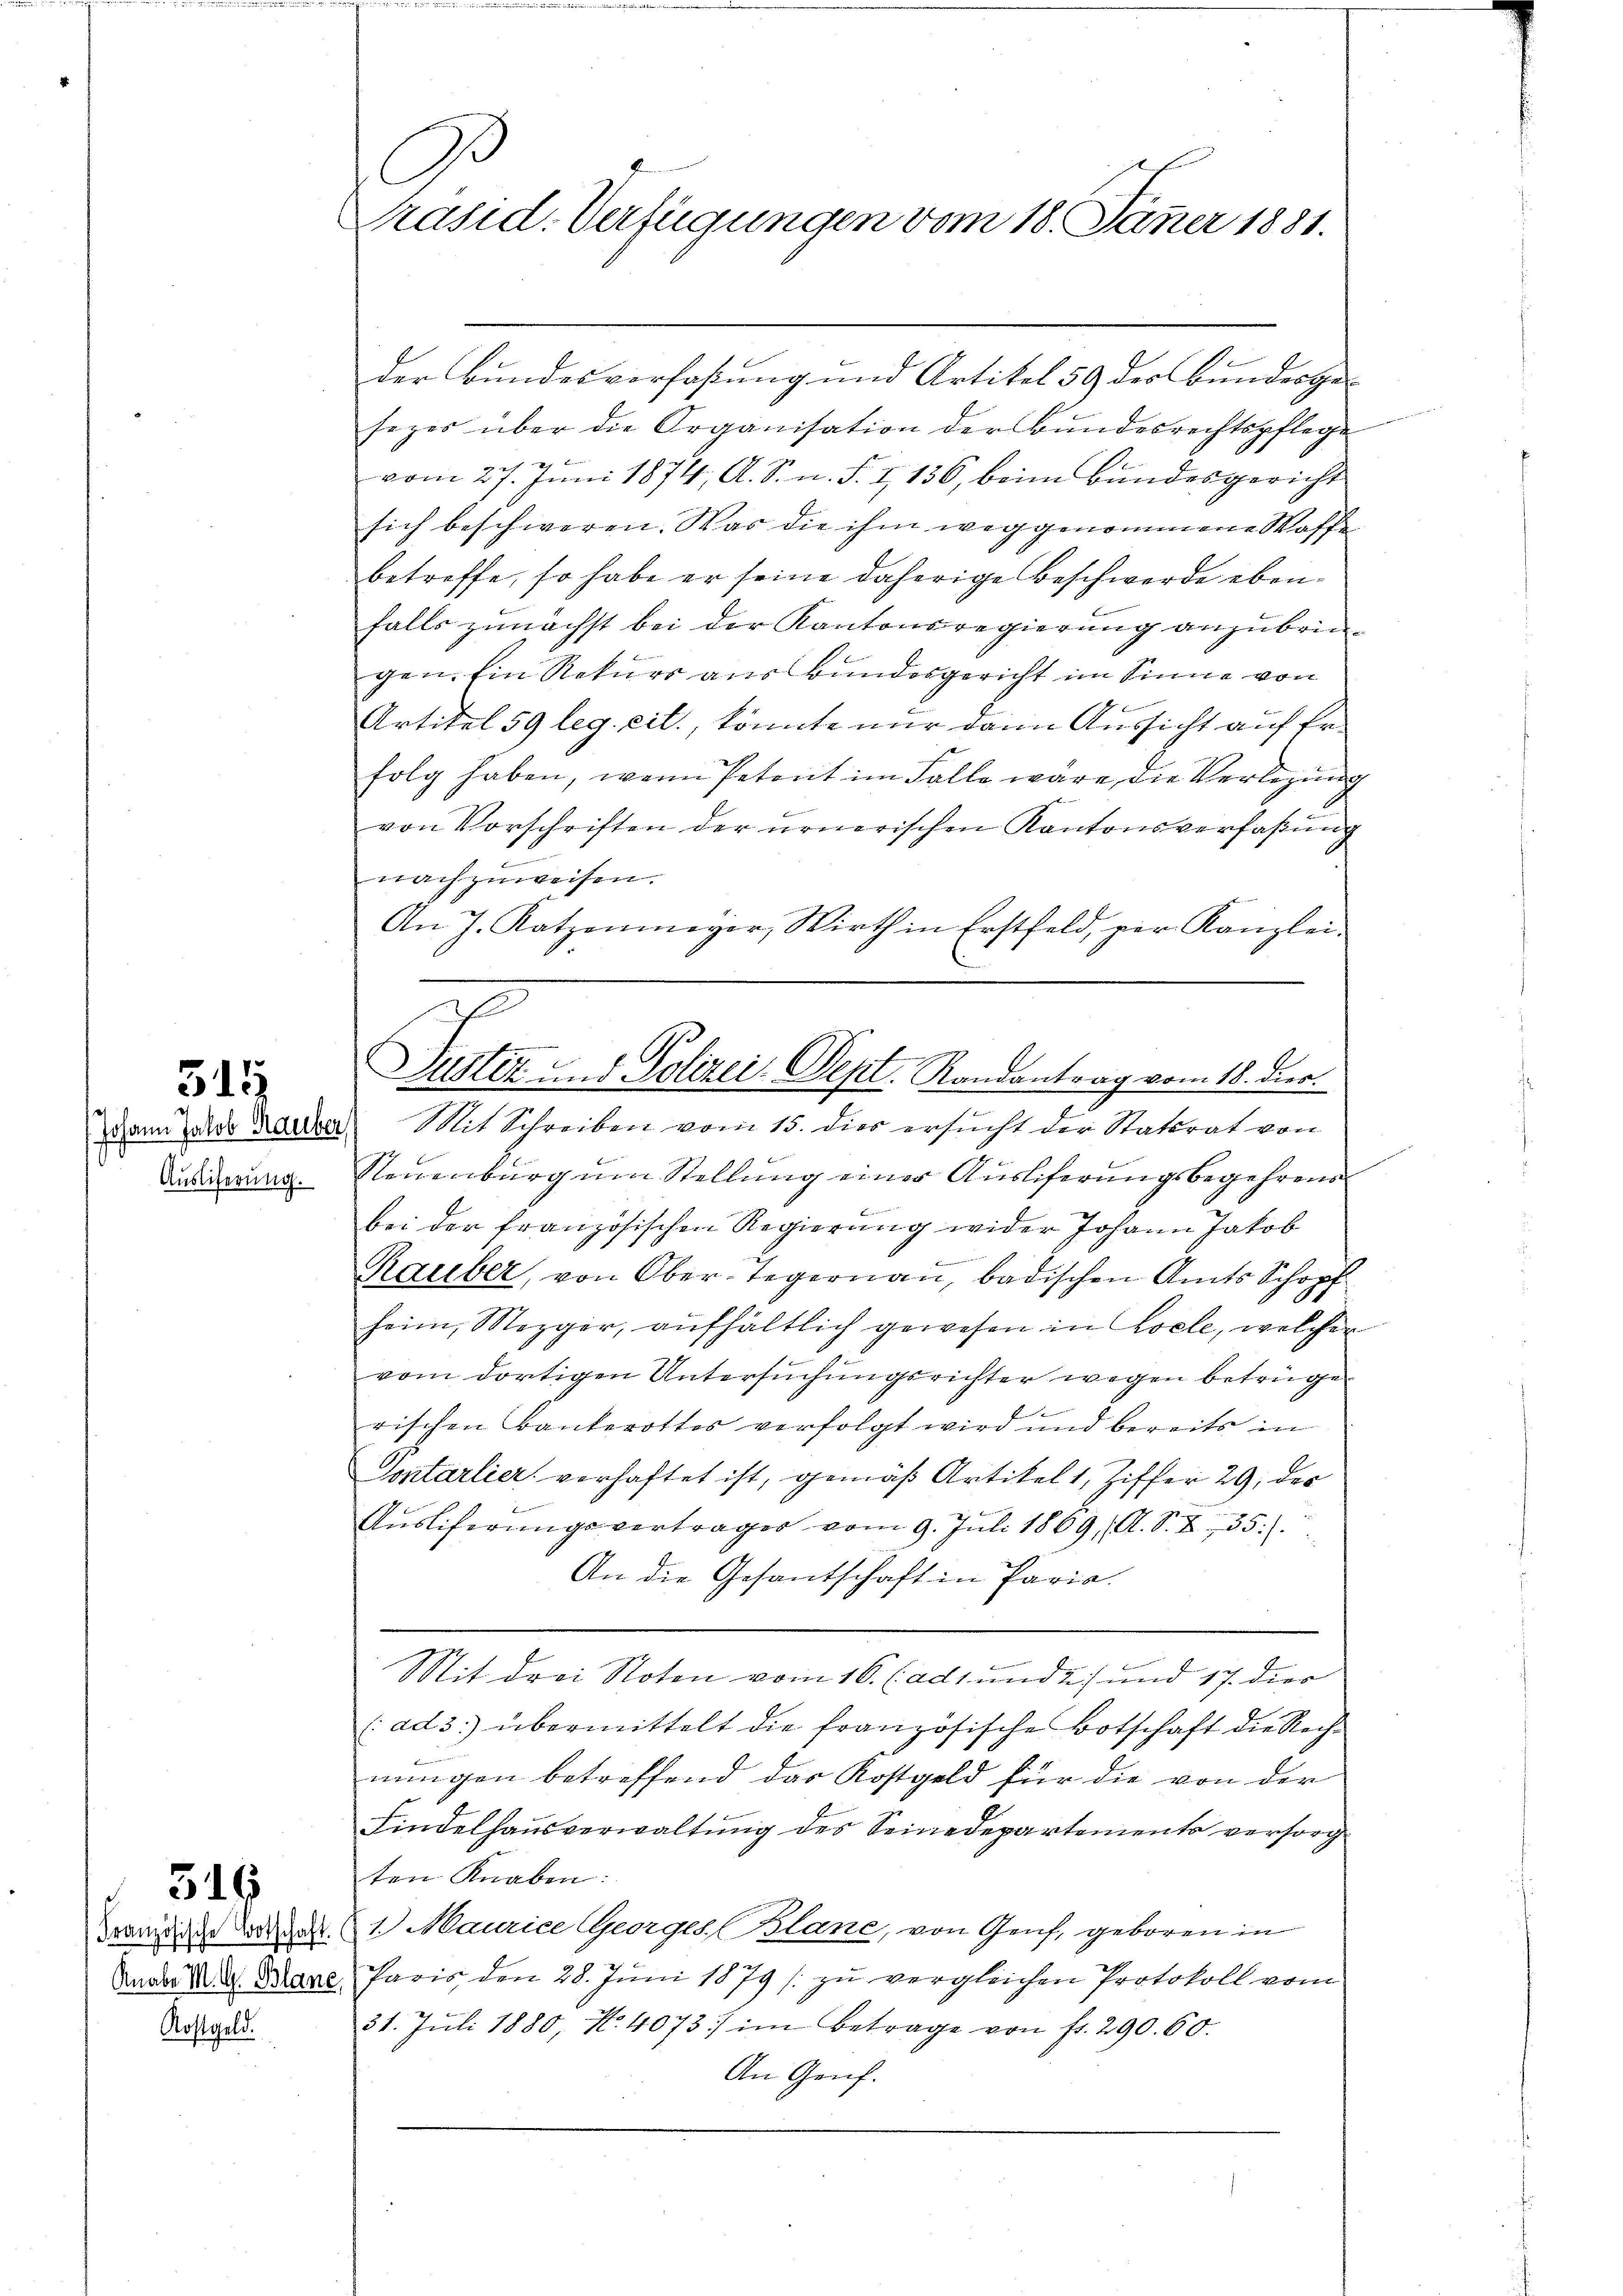
315

Auslieferung.

316

Französische Botschaft.
Knabe M. G. Blane
Kostgeld.

C
Präsid. Verfügungen vom 18. Jäner 1881.

A
Justiz und Polizei-Dept. Randantrag vom 18. Dier.
dann aldes Rauber Mit Schreiben vom 15. dies ersucht der Statsrat von

der Bundesverfaßung und Artikel 59 des Bundesgesezes über die Organisation der Bundesrechtspflege

vom 27. Juni 1874, A. S. n. F. I 136, beim Bundesgericht
sich beschworen. Was die ihm weggenommene Waffe
betreffe, so habe er seine daherige Beschwerde ebenfalls zunächst bei der Kantonsregierung anzubringen. Ein Rekurs aus Bundesgericht im Sinne von
f
Artikel 59 leg. cit., könnte nur dann Aussicht auf Er
folg haben, wenn Petent im Falle wäre die Verlegung
von Vorschriften der urnerischen Kantonsverfaßung
nachzuweisen.
An J. Katzenmayer, Wirth in Erstfeld, per Kanzlei-
Neuenburg um Stellung einer Ausliferungsbegehrens
bei der französischen Regierung wider Johann Jakob
Rauber, von Ober-Tegernau, badischen Amts Schopf
heim, Mezger, aufhältlich gewesen in Locle, welcher
vom dortigen Untersuchungsrichter wegen betrüge
rischen Banterottes verfolgt wird und bereits in
Sontarlier verhaftet ist, gemäß Artikel 1, Ziffer 29 des
Ausliferungsvertrages vom 9. Juli 1869, A. S. Z 35).
An die Gesantschaft in Paris.
Mit drei Noten vom 16. (ad1. und 2) und 17. dies
(ad 3.) übermittelt die französische Botschaft die Rech-
nungen betreffend das Kostgeld für die von der
Kindelhausverwaltung des Seinedepartements versorgten Knaben:
1. Maurice Georges (Blane, von Genf, geboren in
Paris, den 28. Juni 1879 (zu vergleichen Protokoll vom
31. Jŭli 1880, No. 4073. im Betrage von fr. 290. 60.
An Genf.